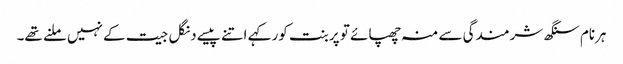
ہرنام سنگھ شرمندگی سے منہ چھپائے تو پربنت کور کہے اتنے پیسے دنگل جیت کے نہیں ملنے تھے۔